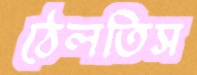
ঠেলতিস